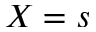
X = s